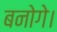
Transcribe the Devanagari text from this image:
बनोगे।